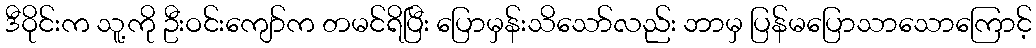
ဒီဝိုင်းက သူ့ကို ဦးဝင်းကျော်က တမင်ရိပြီး ပြောမှန်းသိသော်လည်း ဘာမှ ပြန်မပြောသာသောကြောင့်